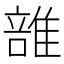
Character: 𨿦